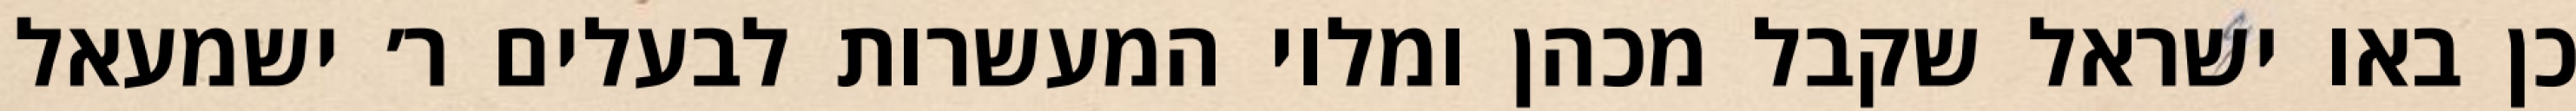
כן באו ישראל שקבל מכהן ומלוי המעשרות לבעלים ר׳ ישמעאל